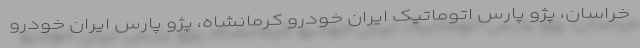
خراسان، پژو پارس اتوماتیک ایران خودرو کرمانشاه، پژو پارس ایران خودرو